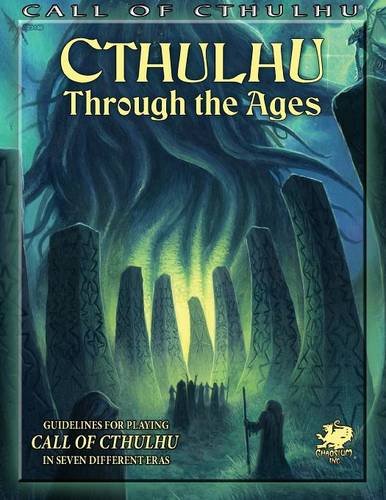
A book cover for Cthulhu Through the Ages (Call of Cthulhu roleplaying); Mike Mason; Science Fiction & Fantasy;